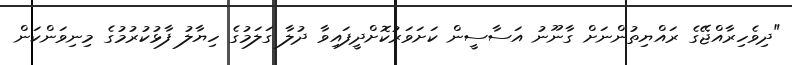
"ދިވެހިރާއްޖޭގެ ރައްޔިތުންނަށް ގާނޫނު އަސާސީން ކަށަވަރުކޮށްދީފައިވާ ދުލާ ގަލަމުގެ ހިޔާލު ފާޅުކުރުމުގެ މިނިވަންކަން